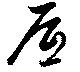
厎